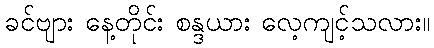
ခင်ဗျား နေ့တိုင်း စန္ဒယား လေ့ကျင့်သလား။